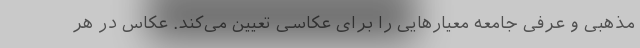
مذهبی و عرفی جامعه معیارهایی را برای عکاسی تعیین می‌کند. عکاس در هر